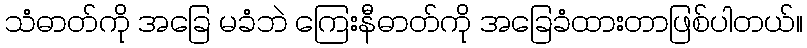
သံဓာတ်ကို အခြေ မခံဘဲ ကြေးနီဓာတ်ကို အခြေခံထားတာဖြစ်ပါတယ်။